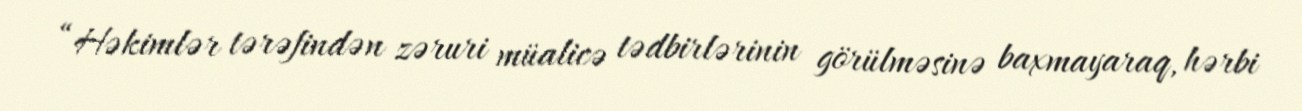
“Həkimlər tərəfindən zəruri müalicə tədbirlərinin görülməsinə baxmayaraq, hərbi